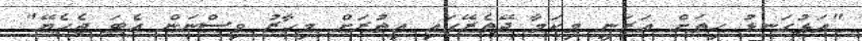
"އަޅުގަނޑު ހިތަށް އަރަނީ މިކަމާ ދޭތެރޭގައި އިތުރަށް މިހާރު ވިސްނަން އެބަ ޖެހެޔޭ"